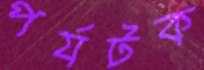
পর্যটক